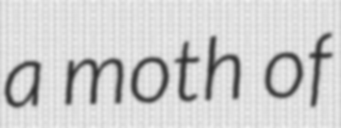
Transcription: a moth of